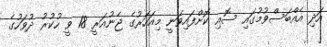
އަދި އެއްބަސްވުމުގައި ސޮއި ކޮށްފައިވަނީ މިއަހަރުގެ ޖެނުއަރީ 18 ވީ ހުކުރު ދުވަހުގެ